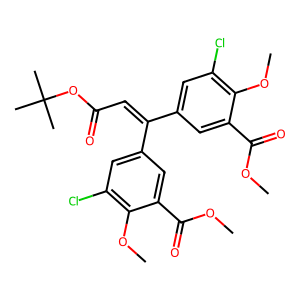
SMILES: COC(=O)c1cc(C(=CC(=O)OC(C)(C)C)c2cc(Cl)c(OC)c(C(=O)OC)c2)cc(Cl)c1OC
Inhibits HIV replication: No